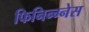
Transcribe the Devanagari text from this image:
फिनिन्ग्नेस